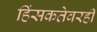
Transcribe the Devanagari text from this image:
हिंसकतेवरही